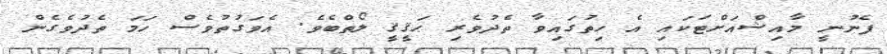
ފެނުނީ މާއިޝްއަށްޓަކައި އެ ހިތުގައިވާ ތެދުވެރި ޙަޤީޤީ ލޯތްބެވެ. އެވަގުތުވެސް ހަމަ ތެދުވެގެން